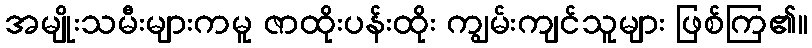
အမျိုးသမီးများကမူ ဇာထိုးပန်းထိုး ကျွမ်းကျင်သူများ ဖြစ်ကြ၏။